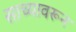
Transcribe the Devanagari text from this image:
साच्यावरून